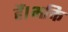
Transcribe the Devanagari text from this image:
हैं।भक्ति